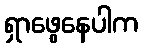
ရှာဖွေနေပါက